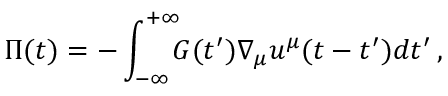
\Pi ( t ) = - \int _ { - \infty } ^ { + \infty } \! \! \! G ( t ^ { \prime } ) \nabla _ { \mu } u ^ { \mu } ( t - t ^ { \prime } ) d t ^ { \prime } \, ,